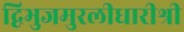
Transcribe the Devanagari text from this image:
द्विभुजमुरलीधारीश्री